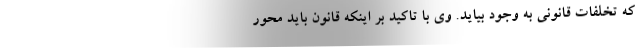
که تخلفات قانونی به وجود بیاید. وی با تاکید بر اینکه قانون باید محور